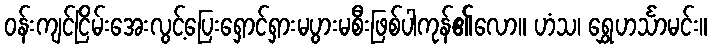
ဝန်းကျင်ငြိမ်းအေးလွင့်ပြေးရှောင်ရှားမပွားမစီးဖြစ်ပါကုန်၏လော။ ဟံသ၊ ရွှေဟင်္သာမင်း။